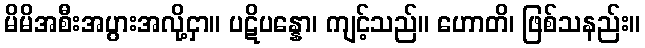
မိမိအစီးအပွားအလို့ငှာ။ ပဋိပန္နော၊ ကျင့်သည်။ ဟောတိ၊ ဖြစ်သနည်း။